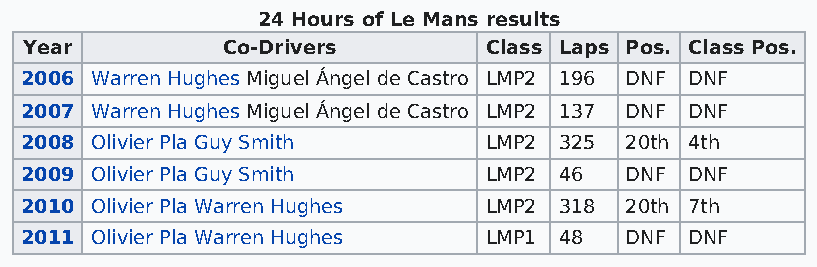
24 Hours of Le Mans results
 Year         Co-Drivers       Class Laps Pos. Class Pos.
 2006 Warren Hughes Miguel Ángel de Castro LMP2 196 DNF DNF
 2007 Warren Hughes Miguel Ángel de Castro LMP2 137 DNF DNF
 2008 Olivier Pla Guy Smith     LMP2 325 20th 4th
 2009 Olivier Pla Guy Smith     LMP2 46  DNF  DNF
 2010 Olivier Pla Warren Hughes LMP2 318 20th 7th
 2011 Olivier Pla Warren Hughes LMP1 48  DNF  DNF